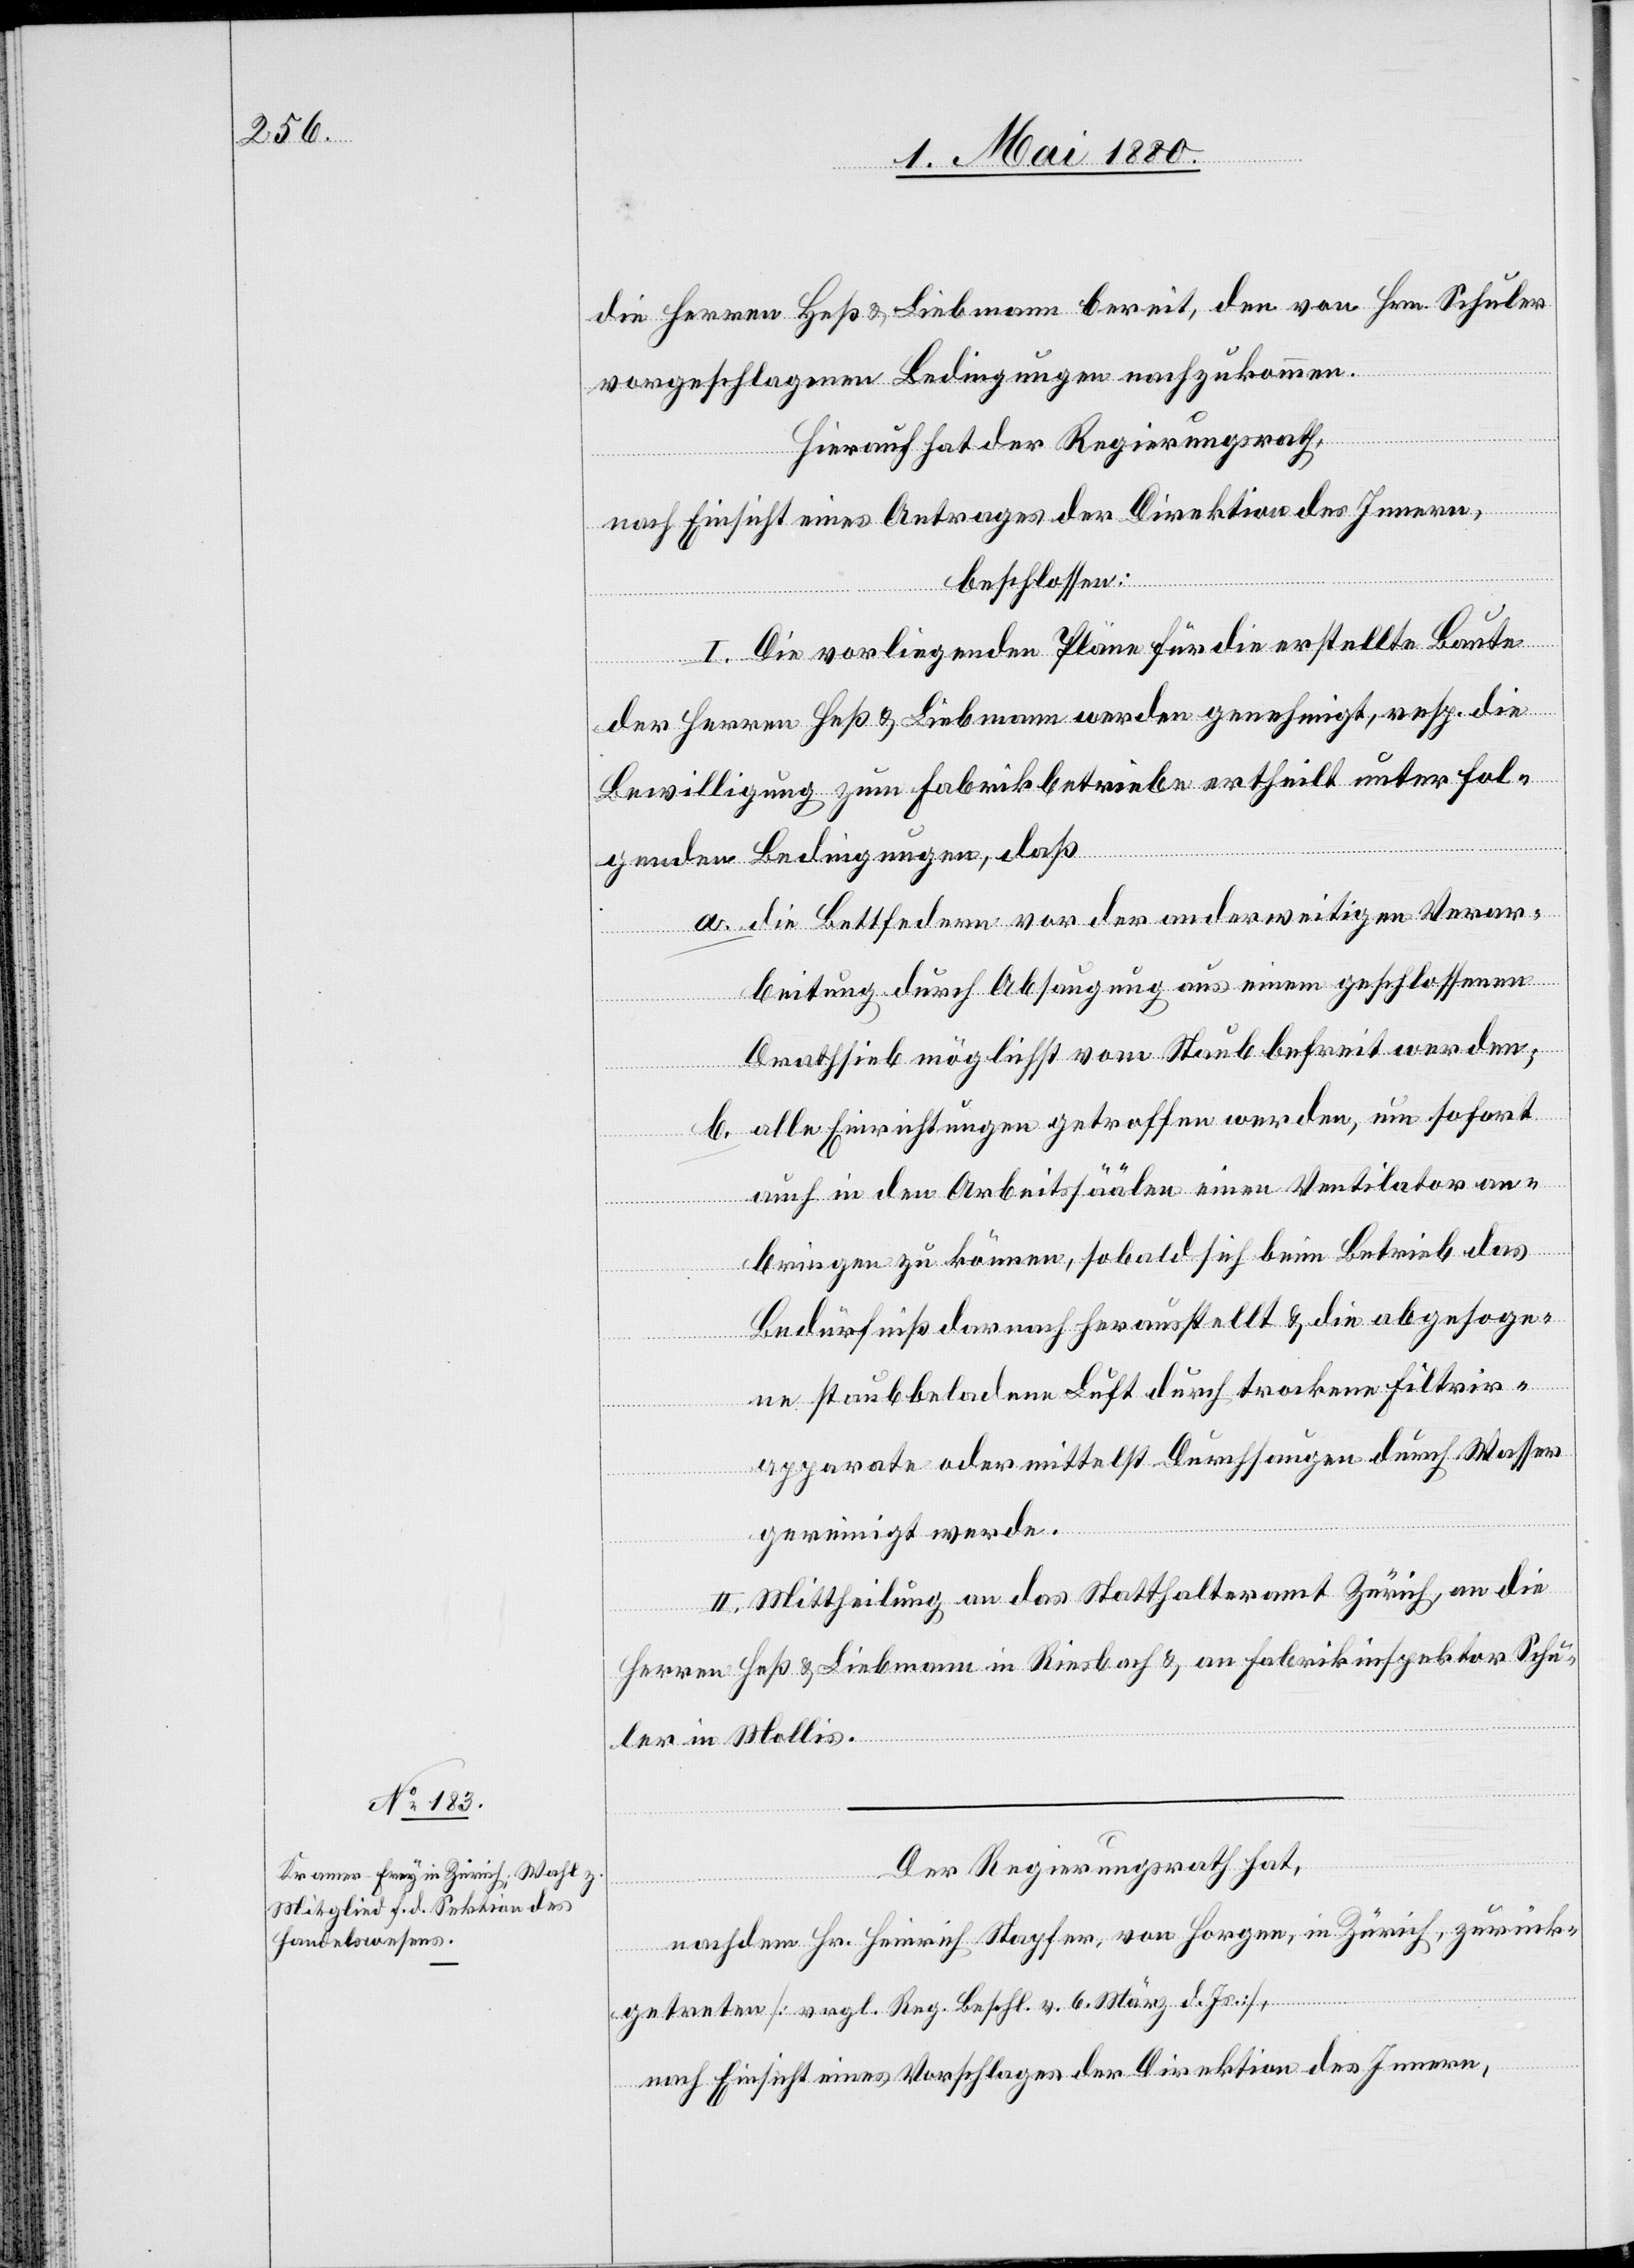
die Herren Heß & Liebmann bereit, den von Hrn. Schuler
vorgeschlagenen Bedingungen nachzukommen.
Hierauf hat der Regierungsrath,
nach Einsicht eines Antrages der Direktion des Innern,
beschlossen:
I. Die vorliegenden Pläne für die erstellte Baute
der Herren Heß & Liebmann werden genehmigt, resp. die
Bewilligung zum Fabrikbetriebe ertheilt unter fol¬
genden Bedingungen, daß
a. die Bettfedern vor der anderweitigen Verar¬
beitung durch Absaugung aus einem geschlossenen
Drathsieb möglichst vom Staub befreit werden;
b. alle Einrichtungen getroffen werden, um sofort
auch in den Arbeitssäälen einen Ventilator an¬
bringen zu können, sobald sich beim Betrieb das
Bedürfniß darnach herausstellt & die abgesoge¬
ne staubbeladene Luft durch trockene Filtrir¬
apparate oder mittelst Durchsaugen durch Wasser
gereinigt werde.
II. Mittheilung an das Statthalteramt Zürich, an die
Herren Heß & Liebmann in Riesbach & an Fabrikinspektor Schu¬
ler in Mollis.
Der Regierungsrath hat,
nachdem Hr. Heinrich Stapfer, von Horgen, in Zürich, zurück¬
getreten [vergl. Reg. Beschl. v. 6. März d. Js.],
nach Einsicht eines Vorschlages der Direktion des Innern,